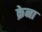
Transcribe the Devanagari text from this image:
क्रेना